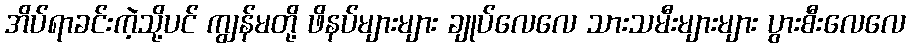
အိပ်ရာခင်းကဲ့သို့ပင် ကျွန်မတို့ ဖိနပ်များများ ချုပ်လေလေ သားသမီးများများ ပွားစီးလေလေ